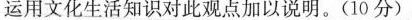
运用文化生活知识对此观点加以说明。(10分)